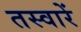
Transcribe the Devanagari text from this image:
तस्‍वारें